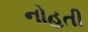
નોહતી